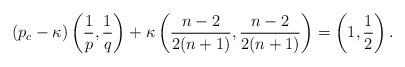
LaTeX: \begin{align*} (p_c - \kappa) \left(\frac{1}{p}, \frac{1}{q}\right) + \kappa\left(\frac{n-2}{2(n+1)}, \frac{n-2}{2(n+1)} \right)= \left(1, \frac{1}{2}\right).\end{align*}